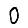
Digit: 0